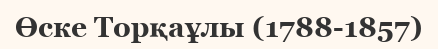
Өске Торқаұлы (1788-1857)